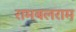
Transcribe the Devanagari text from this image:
रामबलराम